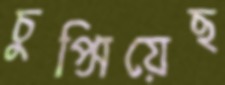
চুপ্‌সিয়েছ